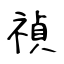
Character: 禎